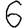
Digit: 6